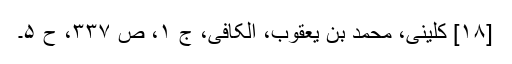
[۱۸] کلینی، محمد بن یعقوب، الکافی، ج ۱، ص ۳۳۷، ح ۵۔